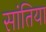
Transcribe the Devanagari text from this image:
सांतिया